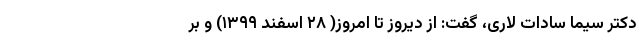
دکتر سیما سادات لاری، گفت: از دیروز تا امروز( ۲۸ اسفند ۱۳۹۹) و بر